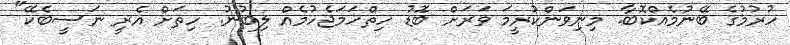
ހުރުމުގެ ބޭނުމެއްކޮބާ. މިނިވަންކުރީމަ ވަރަށް ބޮޑު ހިތްހަމަޖެހުމެއް ލިބުނު. ހިތަށް އެރީ ނަސީބެކޭ"